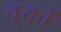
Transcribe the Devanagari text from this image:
चू्कों